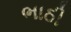
ભાઠી